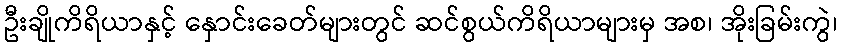
ဦးချိုကိရိယာနှင့် နှောင်းခေတ်များတွင် ဆင်စွယ်ကိရိယာများမှ အစ၊ အိုးခြမ်းကွဲ၊